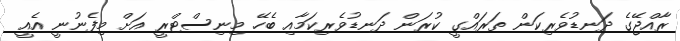
ރާއްޖޭގެ ދަނޑުވެރިކަން ތަރައްގީ ކުރަން ދަނޑުވެރިކަމާއި ބެހޭ މިނިސްޓްރީ އަށް މިފެނުނީ އެއީ